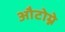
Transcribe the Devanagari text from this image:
औटोम्ने